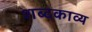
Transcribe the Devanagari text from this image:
शब्दकाव्य